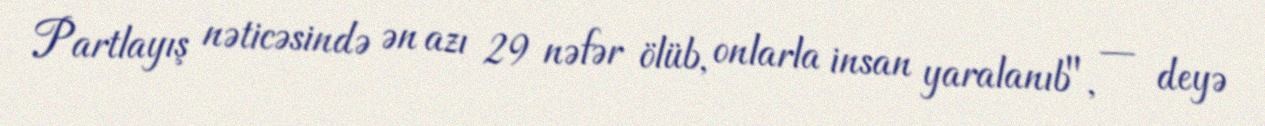
Partlayış nəticəsində ən azı 29 nəfər ölüb, onlarla insan yaralanıb", — deyə